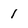
Character: 1